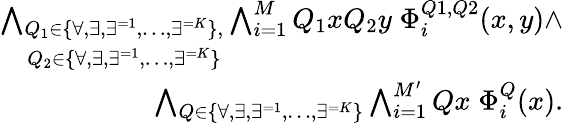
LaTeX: \begin{array}{r}{\bigwedge_{\begin{array}{c}{Q_{1}\in\{ \forall,\exists,\exists^{=1},\dots,\exists^{=K}\} ,}\\ {Q_{2}\in\{ \forall,\exists,\exists^{=1},\dots,\exists^{=K}\} }\end{array}}\bigwedge_{i=1}^{M}Q_{1}xQ_{2}y\; \Phi_{i}^{Q1,Q2}(x,y)\wedge}\\ {\bigwedge_{Q\in\{ \forall,\exists,\exists^{=1},\dots,\exists^{=K}\} }\bigwedge_{i=1}^{M^{\prime}}Qx\; \Phi_{i}^{Q}(x).}\end{array}